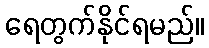
ရေတွက်နိုင်ရမည်။